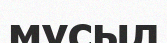
мұсыл